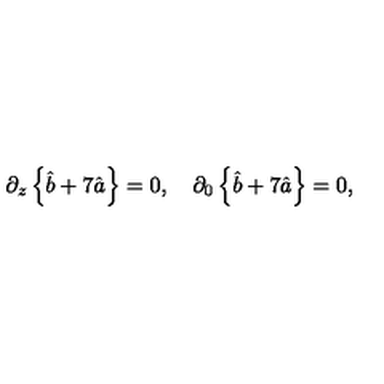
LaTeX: \partial _ { z } \left\{ \hat { b } + 7 \hat { a } \right\} = 0 , \quad \partial _ { 0 } \left\{ \hat { b } + 7 \hat { a } \right\} = 0 ,